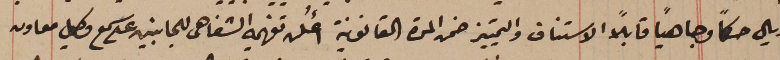
ريال حكماً وجاهيًا قابلاً الاستناف والتمييز ضمن المدة القانونية أُعلن تفهيمه الشفاهى للجانبين على سمع وكيل معاون